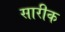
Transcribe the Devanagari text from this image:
सारीक